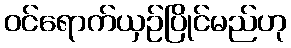
ဝင်ရောက်ယှဉ်ပြိုင်မည်ဟု